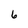
Character: 6